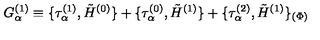
G _ { \alpha } ^ { ( 1 ) } \equiv \{ \tau _ { \alpha } ^ { ( 1 ) } , \tilde { H } ^ { ( 0 ) } \} + \{ \tau _ { \alpha } ^ { ( 0 ) } , \tilde { H } ^ { ( 1 ) } \} + \{ \tau _ { \alpha } ^ { ( 2 ) } , \tilde { H } ^ { ( 1 ) } \} _ { ( \Phi ) } \nonumber